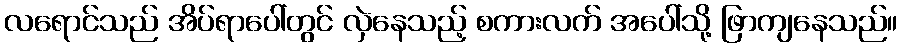
လရောင်သည် အိပ်ရာပေါ်တွင် လှဲနေသည့် စကားလက် အပေါ်သို့ ဖြာကျနေသည်။